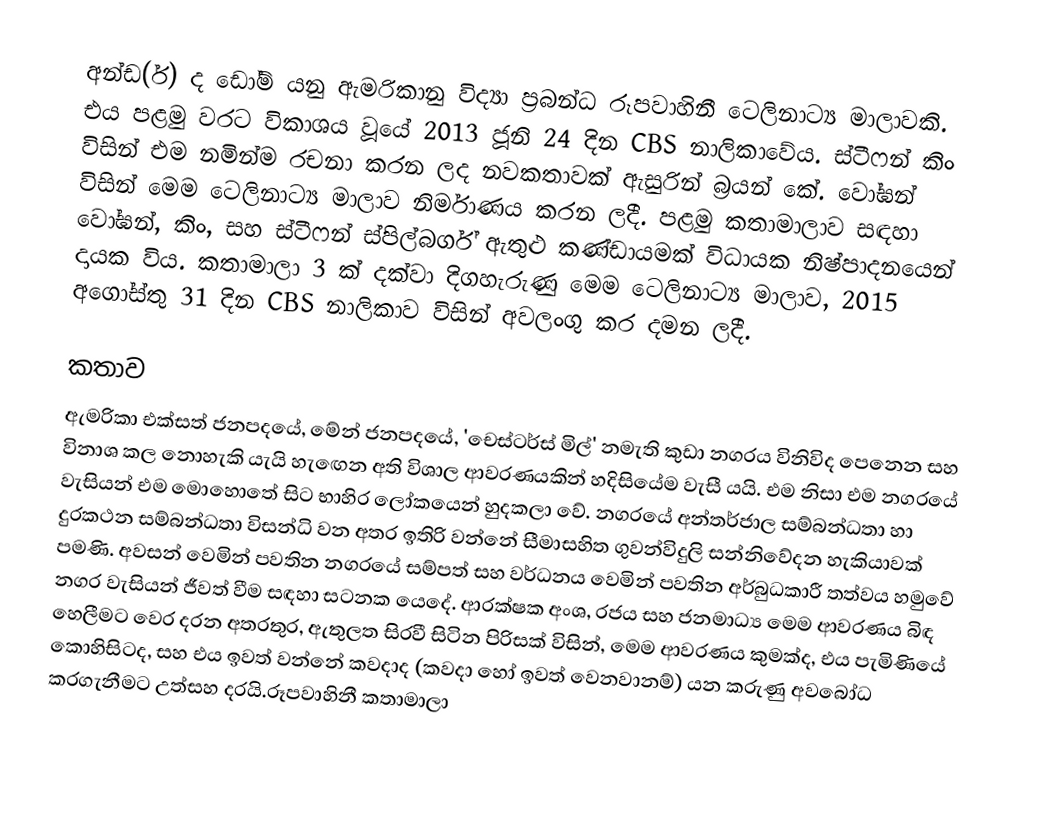
අන්ඩ(ර්) ද ඩෝම් යනු ඇමරිකානු විද්‍යා ප්‍රබන්ධ රූපවාහිනී ටෙලිනාට්‍ය මාලාවකි. එය පළමු වරට විකාශය වූයේ 2013 ජූනි 24 දින CBS නාලිකාවේය. ස්ටීෆන් කිං විසින් එම නමින්ම රචනා කරන ලද නවකතාවක් ඇසුරින් බ්‍රයන් කේ. වෝඝන් විසින් මෙම ටෙලිනාට්‍ය මාලාව නිර්මාණය කරන ලදී. පළමු කතාමාලාව සඳහා වෝඝන්, කිං, සහ ස්ටීෆන් ස්පිල්බර්ග් ඇතුළු කණ්ඩායමක් විධායක නිෂ්පාදනයෙන් දායක විය. කතාමාලා 3 ක් දක්වා දිගහැරුණු මෙම ටෙලිනාට්‍ය මාලාව, 2015 අගෝස්තු 31 දින CBS නාලිකාව විසින් අවලංගු කර දමන ලදී.

කතාව
ඇමරිකා එක්සත් ජනපදයේ, මේන් ජනපදයේ, 'චෙස්ටර්ස් මිල්' නමැති කුඩා නගරය විනිවිද පෙනෙන සහ විනාශ කල නොහැකි යැයි හැඟෙන අති විශාල ආවරණයකින් හදිසියේම වැසී යයි. එම නිසා එම නගරයේ වැසියන් එම මොහොතේ සිට භාහිර ලෝකයෙන් හුදකලා වේ. නගරයේ අන්තර්ජාල සම්බන්ධතා හා දුරකථන සම්බන්ධතා විසන්ධි වන අතර ඉතිරි වන්නේ සීමාසහිත ගුවන්විදුලි සන්නිවේදන හැකියාවක් පමණි. අවසන් වෙමින් පවතින නගරයේ සම්පත් සහ වර්ධනය වෙමින් පවතින අර්බුධකාරී තත්වය හමුවේ නගර වැසියන් ජීවත් වීම සඳහා සටනක යෙදේ. ආරක්ෂක අංශ, රජය සහ ජනමාධ්‍ය මෙම ආවරණය බිඳ හෙලීමට වෙර දරන අතරතුර, ඇතුලත සිරවී සිටින පිරිසක් විසින්, මෙම ආවරණය කුමක්ද, එය පැමිණියේ කොහිසිටද, සහ එය ඉවත් වන්නේ කවදාද  (කවදා හෝ ඉවත් වෙනවානම්) යන කරුණු අවබෝධ කරගැනීමට උත්සහ දරයි.රූපවාහිනී කතාමාලා